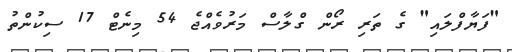
"ފަޔާފްލައި" ގެ ތަރި ރޯން ގްލާސް މަރުވެއްޖެ 54 މިނެޓް 17 ސިކުންތު